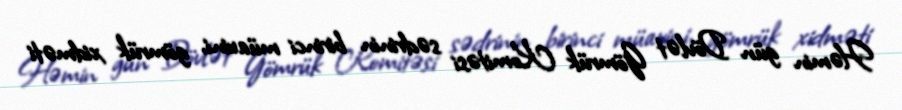
Həmin gün Dövlət Gömrük Komitəsi sədrinin birinci müavini, gömrük xidməti